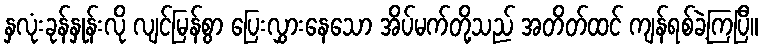
နှလုံးခုန်နှုန်းလို လျင်မြန်စွာ ပြေးလွှားနေသော အိပ်မက်တို့သည် အတိတ်ထင် ကျန်ရစ်ခဲ့ကြပြီ။